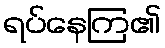
ရပ်နေကြ၏